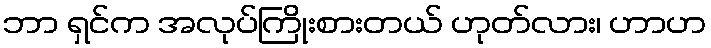
ဘာ ရှင်က အလုပ်ကြိုးစားတယ် ဟုတ်လား၊ ဟာဟ